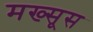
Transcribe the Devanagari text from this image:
मख्सूस